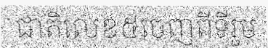
ជាតិលេខ៥ចេញពីទីរួម